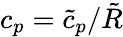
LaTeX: c_{p}=\tilde{c}_{p}/\tilde{R}